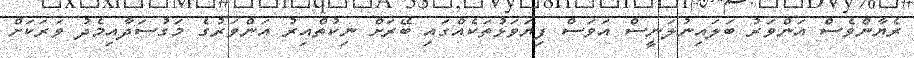
ރެޔާންވެސް އަންވަރު ބަލައިނުލަނީސް އަވަސް ފިޔަވަޅުތަކެއްގައި ބޭރަށް ނިކުތްއިރު އަންވަރުގެ މަގުސަދާއިމެދު ވަރަކަށް